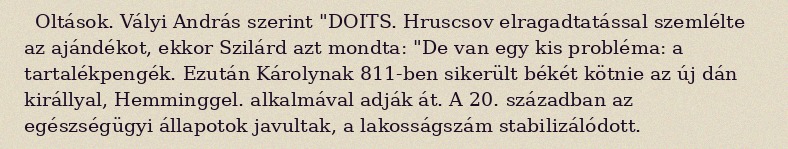
Oltások. Vályi András szerint "DOITS. Hruscsov elragadtatással szemlélte az ajándékot, ekkor Szilárd azt mondta: "De van egy kis probléma: a tartalékpengék. Ezután Károlynak 811-ben sikerült békét kötnie az új dán királlyal, Hemminggel. alkalmával adják át. A 20. században az egészségügyi állapotok javultak, a lakosságszám stabilizálódott.